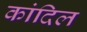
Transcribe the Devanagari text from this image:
कांदिल